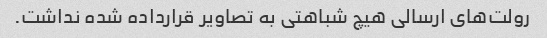
رولت‌های ارسالی هیچ شباهتی به تصاویر قرارداده شده نداشت.